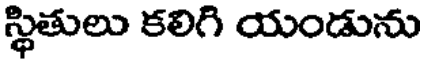
స్థితులు కలిగి యండును